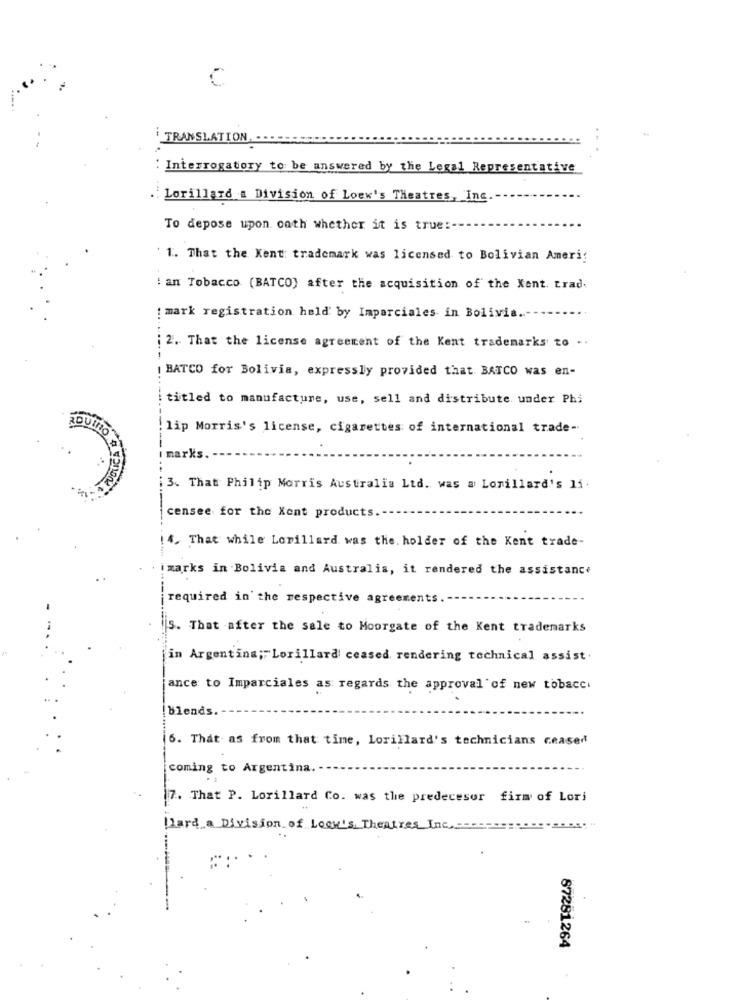
C
TRANSLATION
: Interrogatory to be answered by the Legal Representative
Lorillard a Division of Loew's Theatres, Inc.
To depose upon onth whether it is true :--
`1. That the Kent: trademark was licensed to Bolivian Ameri:
: an Tobacco (BATCO) after the acquisition of the Xent. trad.
: mark registration held by Imparciales in Bolivia ..
2. That the license agreement of the Kent trademarks to ..
BATCO for Bolivia, expressly provided that. BATCO was en-
titled to manufacture, use, sell and distribute under Phi
lip Morris's license, cigarettes of international trade-
marks
13. That Philip Morris Australia Ltd. was a Lorillard's 15.
censee for the Kent products.
14. That while Lorillard was the holder of the Kent trade-
imarks in Bolivia and Australia, it rendered the assistance
required in the respective agreements
---
5. That after the sale to Moorgate of the Kent trademarks
jin Argentina; Lorillard ceased rendering technical assist.
ance to Imparciales as regards the approval of new tobacc.
blends.
6. That as from that time, Lorillard's technicians ceased
coming to Argentina.
7. That P. Lorillard Co. was the predecesor firm of Lori
plard a Division of Lock's Theatres Inc .:
57281264